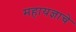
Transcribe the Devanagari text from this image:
महायज्ञाचे